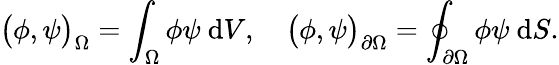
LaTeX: \big(\phi,\psi\big)_{\Omega}=\int_{\Omega}\phi\psi\ \mathrm{d}V,\quad\big(\phi,\psi\big)_{\partial\Omega}=\oint_{\partial\Omega}\phi\psi\ \mathrm{d}S.